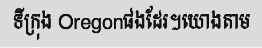
ទីក្រុង Oregonផងដែរ។យោងតាម